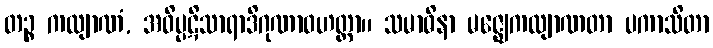
တဉ္စ ကလျာဏံ, အဝိပ္ပဋိသာရာဒိဂုဏာဝဟတ္တာ။ သမာဓိနာ မဇ္ဈေကလျာဏတာ ပကာသိတာ